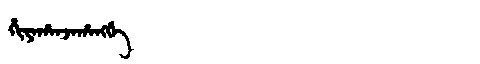
Manchu: ᡥᡳᠶᠠᡥᠠᠨᠵᠠᡥᠠᠩᡤᡝ
Romanization: HIYAHANJAHANGGE